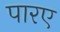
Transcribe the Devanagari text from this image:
पारए